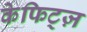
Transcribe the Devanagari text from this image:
केफिट्ज़